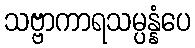
သဗ္ဗာကာရသမ္ပန္နံပေ